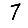
Digit: 7